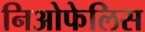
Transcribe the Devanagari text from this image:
निओफेलिस